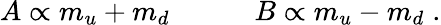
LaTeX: A\propto m_{u}+m_{d}~~~~~~~~~~~~B\propto m_{u}-m_{d}\; .